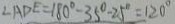
\angle A D E = 1 8 0 ^ { \circ } - 3 5 ^ { \circ } - 2 5 ^ { \circ } = 1 2 0 ^ { \circ }